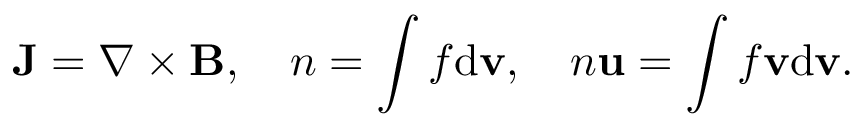
{ \mathbf J } = \nabla \times { \mathbf B } , \quad n = \int f \mathrm { d } { \mathbf v } , \quad n { \mathbf u } = \int f { \mathbf v } \mathrm { d } { \mathbf v } .